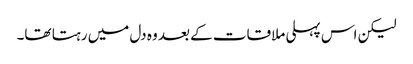
لیکن اس پہلی ملاقات کے بعد وہ دل میں رہتا تھا۔